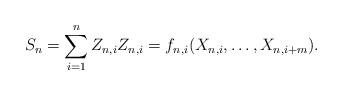
LaTeX: \begin{align*}S_n = \sum_{i=1}^n Z_{n,i} Z_{n,i}= f_{n,i}(X_{n,i}, \ldots, X_{n,i+m}).\end{align*}